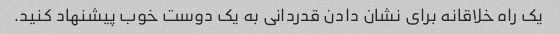
یک راه خلاقانه برای نشان دادن قدردانی به یک دوست خوب پیشنهاد کنید.